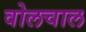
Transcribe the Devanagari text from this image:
वोलचाल